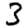
Digit: 3